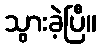
သွားခဲ့ပြီ။